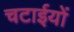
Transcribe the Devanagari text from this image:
चटाईयों